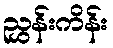
ညွှန်းကိန်း